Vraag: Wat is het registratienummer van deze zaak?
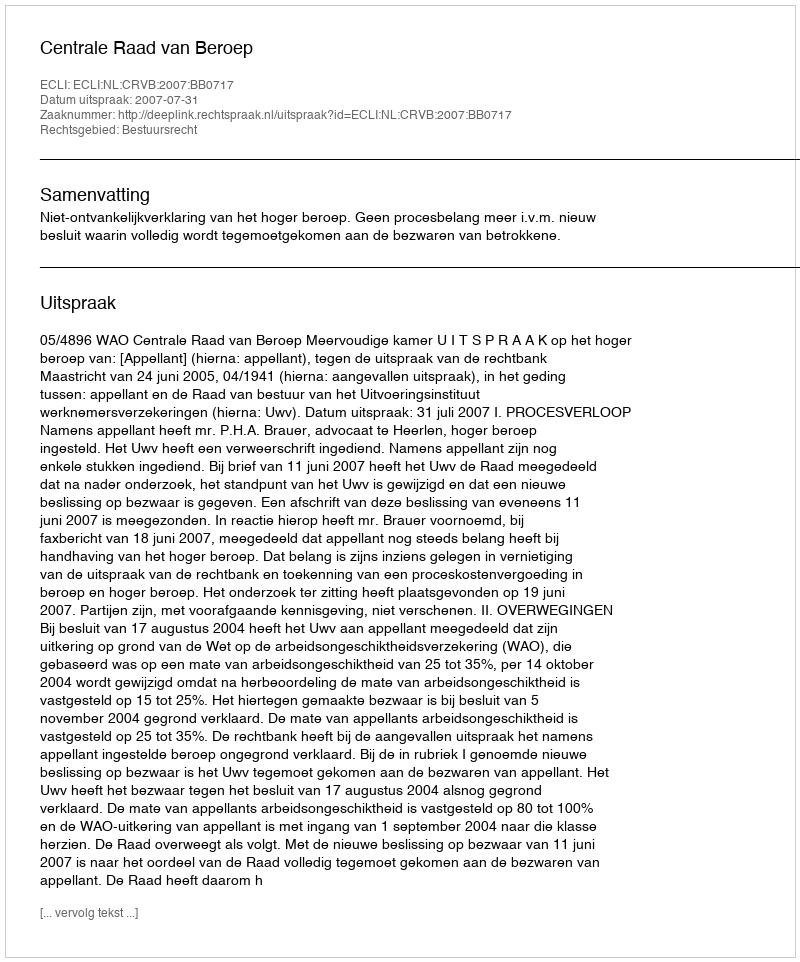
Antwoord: http://deeplink.rechtspraak.nl/uitspraak?id=ECLI:NL:CRVB:2007:BB0717